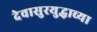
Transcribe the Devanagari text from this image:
देवासुरयुद्धाच्या